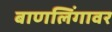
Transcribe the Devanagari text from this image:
बाणलिंगावर